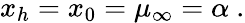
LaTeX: x_{h}=x_{0}=\mu_{\infty}=\alpha\ .